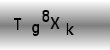
Text: Tg8Xk